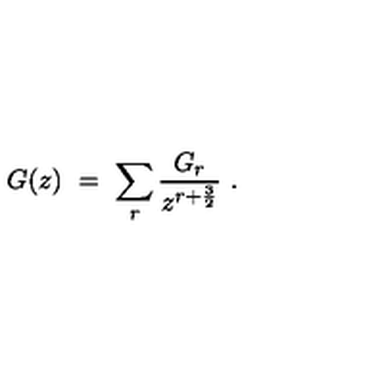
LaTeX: G ( z ) \ = \ \sum _ { r } { \frac { G _ { r } } { z ^ { r + { \frac { 3 } { 2 } } } } } \ .